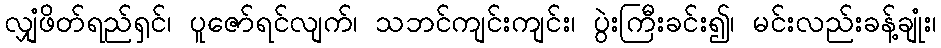
လျှံဖိတ်ရည်ရှင်၊ ပူဇော်ရင်လျက်၊ သဘင်ကျင်းကျင်း၊ ပွဲးကြီးခင်း၍၊ မင်းလည်းခန့်ချုံး၊